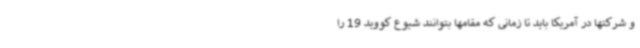
و شرکتها در آمریکا باید تا زمانی که مقامها بتوانند شیوع کووید 19 را